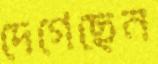
দেগেছেন